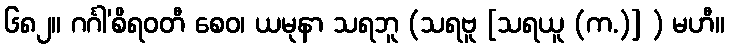
၆၈၂။ ဂင်္ဂါ’စိရဝတီ စေဝ၊ ယမုနာ သရဘူ (သရဗူ [သရယူ (က.)] ) မဟီ။